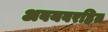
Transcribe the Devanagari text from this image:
अवयवरहित